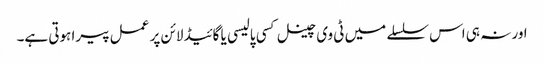
اور نہ ہی اس سلسلے میں ٹی وی چینل کسی پالیسی یا گائیڈ لائن پر عمل پیرا ہوتی ہے۔